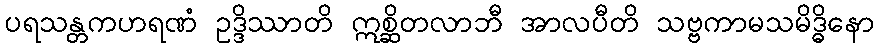
ပရသန္တကဟရဏံ ဥဒ္ဒိဿာတိ ဣစ္ဆိတလာဘီ အာလပီတိ သဗ္ဗကာမသမိဒ္ဓိနော